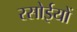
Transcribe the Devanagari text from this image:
रसोईयों